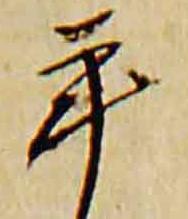
年